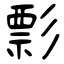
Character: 彯